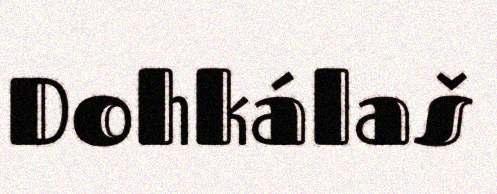
Dohkálaš